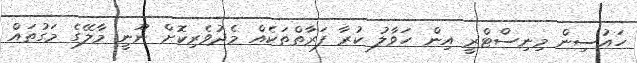
ހައުސިން މިނިސްޓްރީ އިން ހަވާލު ކުރާ ފަރާތްތަކެއް މެދުވެރިކޮށް ނޫނީ މާލޭގެ މަގުތައް